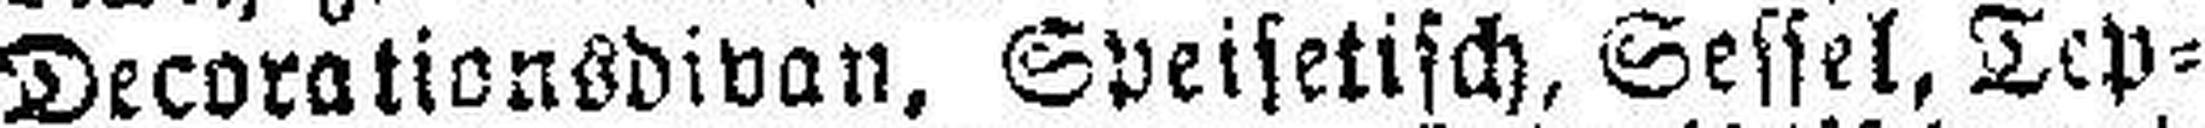
Decorationsdivan, Speisetisch, Sessel, Tep¬